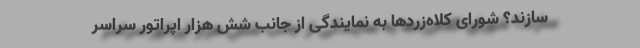
سازند؟ شورای کلاه‌زردها به نمایندگی از جانب شش هزار اپراتور سراسر